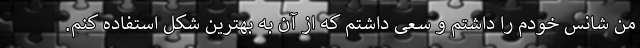
من شانس خودم را داشتم و سعی داشتم که از آن به بهترین شکل استفاده کنم.